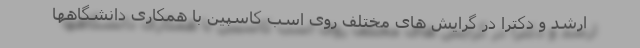
ارشد و دکترا در گرایش های مختلف روی اسب کاسپین با همکاری دانشگاهها